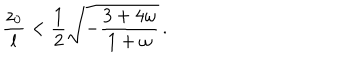
{ \frac { z _ { 0 } } { l } } < { \frac { 1 } { 2 } } \sqrt { - { \frac { 3 + 4 \omega } { 1 + \omega } } } \, .